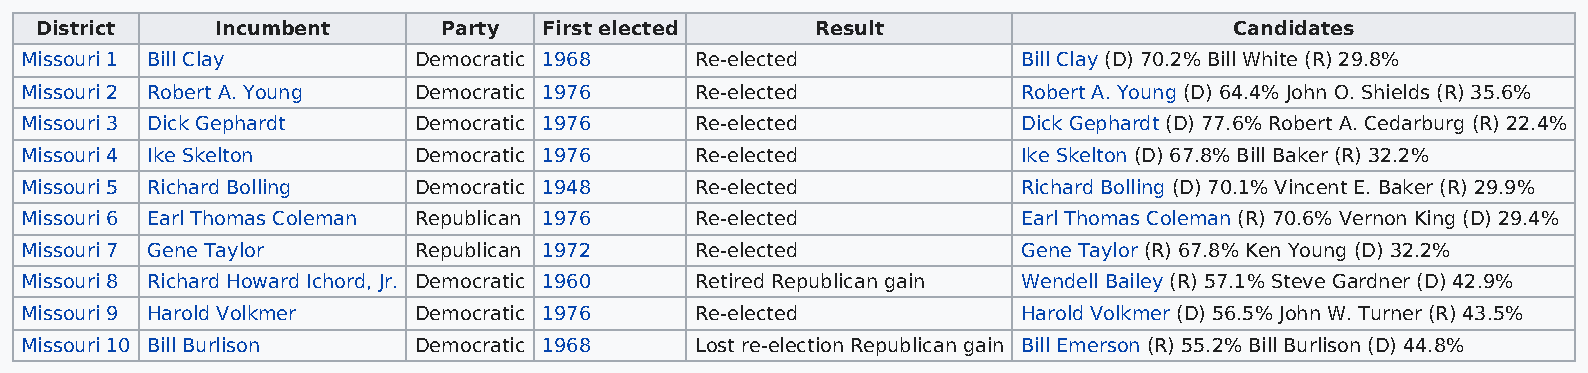
District    Incumbent      Party  First elected     Result                      Candidates
 Missouri 1 Bill Clay      Democratic 1968    Re-elected            Bill Clay (D) 70.2% Bill White (R) 29.8%
 Missouri 2 Robert A. Young Democratic 1976   Re-elected            Robert A. Young (D) 64.4% John O. Shields (R) 35.6%
 Missouri 3 Dick Gephardt  Democratic 1976    Re-elected            Dick Gephardt (D) 77.6% Robert A. Cedarburg (R) 22.4%
 Missouri 4 Ike Skelton    Democratic 1976    Re-elected            Ike Skelton (D) 67.8% Bill Baker (R) 32.2%
 Missouri 5 Richard Bolling Democratic 1948   Re-elected            Richard Bolling (D) 70.1% Vincent E. Baker (R) 29.9%
 Missouri 6 Earl Thomas Coleman Republican 1976 Re-elected          Earl Thomas Coleman (R) 70.6% Vernon King (D) 29.4%
 Missouri 7 Gene Taylor    Republican 1972    Re-elected            Gene Taylor (R) 67.8% Ken Young (D) 32.2%
 Missouri 8 Richard Howard Ichord, Jr. Democratic 1960 Retired Republican gain Wendell Bailey (R) 57.1% Steve Gardner (D) 42.9%
 Missouri 9 Harold Volkmer Democratic 1976    Re-elected            Harold Volkmer (D) 56.5% John W. Turner (R) 43.5%
 Missouri 10 Bill Burlison Democratic 1968    Lost re-election Republican gain Bill Emerson (R) 55.2% Bill Burlison (D) 44.8%